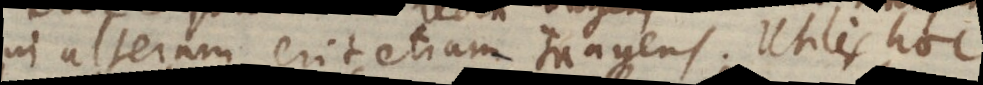
in alteram erit etiam tragens. Utiles hoc